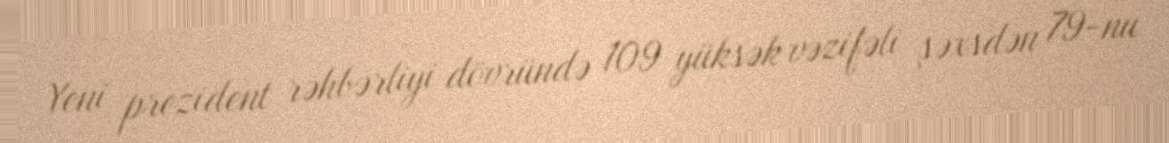
Yeni prezident rəhbərliyi dövründə 109 yüksək vəzifəli şəxsdən 79-nu